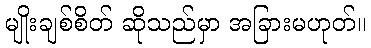
မျိုးချစ်စိတ် ဆိုသည်မှာ အခြားမဟုတ်။